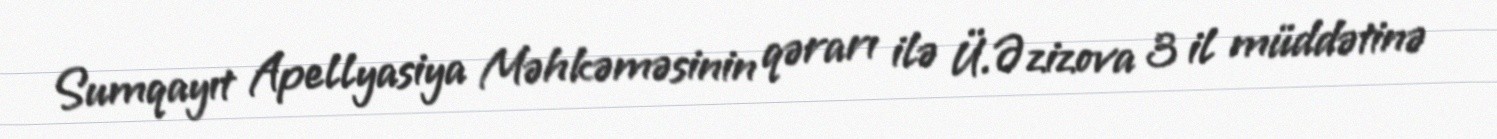
Sumqayıt Apellyasiya Məhkəməsinin qərarı ilə Ü.Əzizova 3 il müddətinə